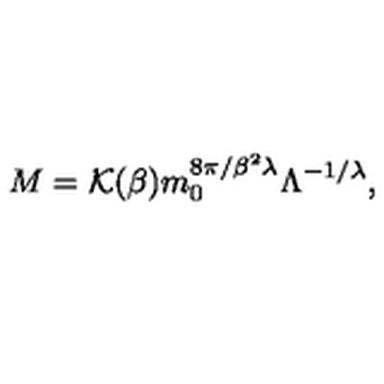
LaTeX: M = { \cal K } ( \beta ) m _ { 0 } ^ { { 8 \pi } / { \beta ^ { 2 } \lambda } } \Lambda ^ { - { 1 } / { \lambda } } ,